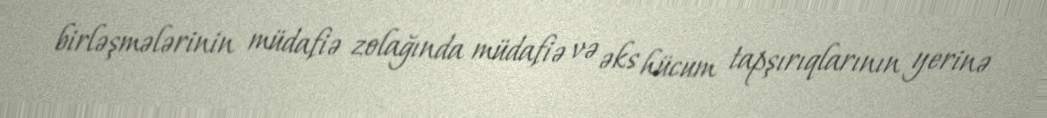
birləşmələrinin müdafiə zolağında müdafiə və əks hücum tapşırıqlarının yerinə